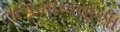
તાપમાનવાળા